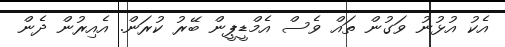
އެކު އުޅުނު ވަގުން ތައް ވެސް އެމްޑީޕީން ބޭރު ކުރަން. އެއިރުން ދެން